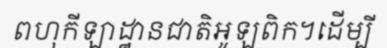
ពហុកីឡាដ្ឋានជាតិអូឡពិក។ដើម្បី